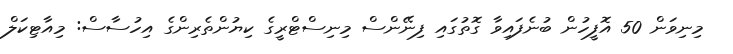
މިނިވަން 50 އޮފީހުން ބުނެފައިވާ ގޮތުގައި ފިނޭންސް މިނިސްޓްރީގެ ކިޔުންތެރިންގެ އިހުސާސް: މިއާޓިކަލް